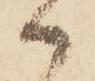
御